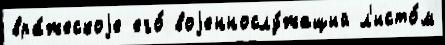
вра́жескоjе его́ воjеннослу́жащий л'исто́м